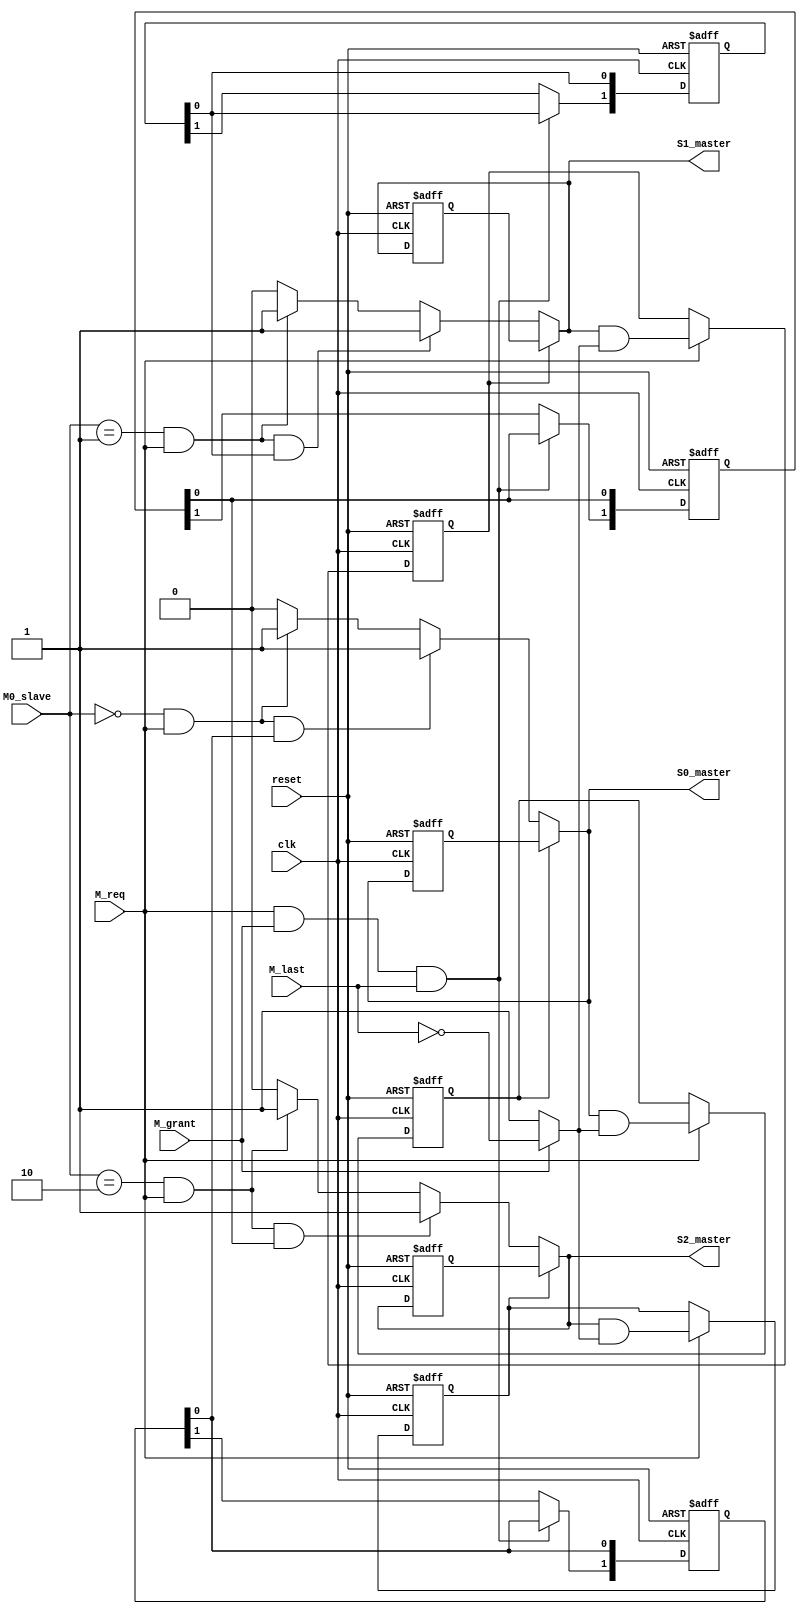
//------------------------------------------------------------------
//-- File generated by RobustVerilog parser
//-- RobustVerilog version 1.5g (limited free version) Jul 5 2011
//-- Invoked Wed Mar 28 12:55:32 2012
//-- Source file: ic_arbiter.v
//-- Parent file: ic_resp.v
//-- Project directory: C:/Users/MARIOS/Desktop/VLSI/RobustVerilog_free1.5_win/RobustVerilog_free1.5_win/examples/axi_master/trunk/run/
//-- Target directory: out/
//-- Command flags: ..\..\..\..\robust.exe ../robust_axi_master.pro -gui 
//-- www.provartec.com/edatools ... info@provartec.com
//------------------------------------------------------------------





  
module axi_master_ic_slv_arbiter(clk,reset,M_last,M_req,M_grant,M0_slave,S0_master,S1_master,S2_master);

   input                   clk;
   input                   reset;

   input [1-1:0]           M_last;
   input [1-1:0]           M_req;
   input [1-1:0]           M_grant;
   
   input [2-1:0]           M0_slave;
   
   output [1-1:0]           S0_master;
   output [1-1:0]           S1_master;
   output [1-1:0]           S2_master;


   
   reg [1:0]               S0_master_prio_reg;
   reg [1:0]               S1_master_prio_reg;
   reg [1:0]               S2_master_prio_reg;
   wire [1-1:0]               S0_master_prio;
   wire [1-1:0]               S1_master_prio;
   wire [1-1:0]               S2_master_prio;
   reg [1-1:0]               S0_master_d;
   reg [1-1:0]               S1_master_d;
   reg [1-1:0]               S2_master_d;
   
   wire [1-1:0]               M_S0;
   wire [1-1:0]               M_S1;
   wire [1-1:0]               M_S2;
   wire [1-1:0]               M_S0_valid;
   wire [1-1:0]               M_S1_valid;
   wire [1-1:0]               M_S2_valid;
   wire [1-1:0]               M_S0_prio;
   wire [1-1:0]               M_S1_prio;
   wire [1-1:0]               M_S2_prio;
   reg [1-1:0]               M_S0_burst;
   reg [1-1:0]               M_S1_burst;
   reg [1-1:0]               M_S2_burst;


   
   
   parameter                   MASTER_NONE = 1'b0;
   parameter                   MASTER0    = 1'b1;
   
   
   

   always @(posedge clk or posedge reset)
     if (reset)
       begin
      S0_master_prio_reg[1:1] <= #1 {1{1'b0}};
      S1_master_prio_reg[1:1] <= #1 {1{1'b0}};
      S2_master_prio_reg[1:1] <= #1 {1{1'b0}};
      S0_master_prio_reg[0]          <= #1 1'b1;
      S1_master_prio_reg[0]          <= #1 1'b1;
      S2_master_prio_reg[0]          <= #1 1'b1;
       end
     else if (|(M_req & M_grant & M_last))
       begin      
      S0_master_prio_reg[1:1] <= #1 S0_master_prio_reg[1-1:0];
      S1_master_prio_reg[1:1] <= #1 S1_master_prio_reg[1-1:0];
      S2_master_prio_reg[1:1] <= #1 S2_master_prio_reg[1-1:0];
      S0_master_prio_reg[0]          <= #1 S0_master_prio_reg[1-1];
      S1_master_prio_reg[0]          <= #1 S1_master_prio_reg[1-1];
      S2_master_prio_reg[0]          <= #1 S2_master_prio_reg[1-1];
       end

   assign S0_master_prio = S0_master_prio_reg[1-1:0];
   assign S1_master_prio = S1_master_prio_reg[1-1:0];
   assign S2_master_prio = S2_master_prio_reg[1-1:0];
   
   assign M_S0_prio      = M_S0_valid & S0_master_prio;
   assign M_S1_prio      = M_S1_valid & S1_master_prio;
   assign M_S2_prio      = M_S2_valid & S2_master_prio;
   


   always @(posedge clk or posedge reset)
     if (reset)
       begin
      S0_master_d <= #1 {1{1'b0}};
      S1_master_d <= #1 {1{1'b0}};
      S2_master_d <= #1 {1{1'b0}};
       end
     else
       begin
      S0_master_d <= #1 S0_master;
      S1_master_d <= #1 S1_master;
      S2_master_d <= #1 S2_master;
       end

     always @(posedge clk or posedge reset)                        
       if (reset)                                                  
     begin                                                     
        M_S0_burst[0] <= #1 1'b0;                        
        M_S1_burst[0] <= #1 1'b0;                        
        M_S2_burst[0] <= #1 1'b0;                        
     end                                                       
       else if (M_req[0])                         
     begin                                                     
        M_S0_burst[0] <= #1 S0_master[0] & (M_grant[0] ? (~M_last[0]) : 1'b1); 
        M_S1_burst[0] <= #1 S1_master[0] & (M_grant[0] ? (~M_last[0]) : 1'b1); 
        M_S2_burst[0] <= #1 S2_master[0] & (M_grant[0] ? (~M_last[0]) : 1'b1); 
     end
   
      
     assign                              M_S0 = {M0_slave == 'd0 };
     assign                              M_S1 = {M0_slave == 'd1 };
     assign                              M_S2 = {M0_slave == 'd2 };
   
   assign                  M_S0_valid = M_S0 & M_req;
   assign                  M_S1_valid = M_S1 & M_req;
   assign                  M_S2_valid = M_S2 & M_req;
   
   
     assign                    S0_master = 
                               M_S0_burst[0] ? S0_master_d : 
                                           M_S0_prio[0]  ? MASTER0 :  
                            M_S0_valid[0] ? MASTER0 :      
                            MASTER_NONE;
   
     assign                    S1_master = 
                               M_S1_burst[0] ? S1_master_d : 
                                           M_S1_prio[0]  ? MASTER0 :  
                            M_S1_valid[0] ? MASTER0 :      
                            MASTER_NONE;
   
     assign                    S2_master = 
                               M_S2_burst[0] ? S2_master_d : 
                                           M_S2_prio[0]  ? MASTER0 :  
                            M_S2_valid[0] ? MASTER0 :      
                            MASTER_NONE;
   
      
     endmodule